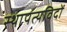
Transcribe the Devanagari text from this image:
स्थापत्यविदों